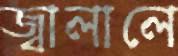
জ্বালালে